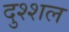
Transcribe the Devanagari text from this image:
दुश्शल